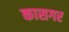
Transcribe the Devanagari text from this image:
कासगर